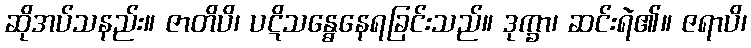
ဆိုအပ်သနည်း။ ဇာတိပိ၊ ပဋိသန္ဓေနေရခြင်းသည်။ ဒုက္ခာ၊ ဆင်းရဲ၏။ ဇရာပိ၊